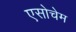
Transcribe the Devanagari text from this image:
एसोचेम